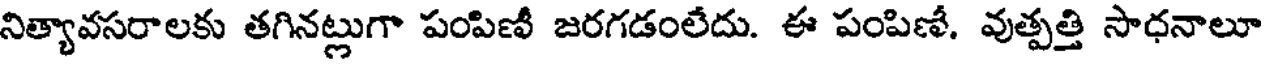
నిత్యావసరాలకు తగినట్లుగా పంపిణీ జరగడంలేదు. ఈ పంపిణీ. వుత్పత్తి సాధనాలూ